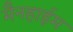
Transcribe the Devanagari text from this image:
मैनहाईम